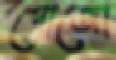
পোজো